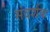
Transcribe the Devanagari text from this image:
संदर्शक